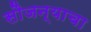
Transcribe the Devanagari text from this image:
सौजन्याचा